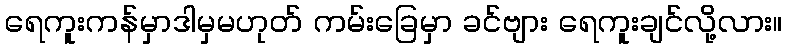
ရေကူးကန်မှာဒါမှမဟုတ် ကမ်းခြေမှာ ခင်ဗျား ရေကူးချင်လို့လား။